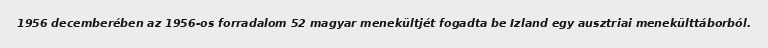
1956 decemberében az 1956-os forradalom 52 magyar menekültjét fogadta be Izland egy ausztriai menekülttáborból.